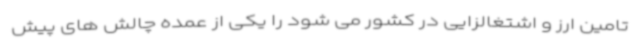
تامین ارز و اشتغالزایی در کشور می شود را یکی از عمده چالش های پیش